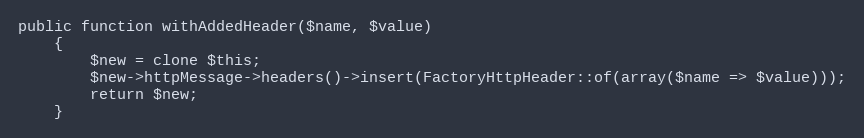
Language: PHP
public function withAddedHeader($name, $value)
    {
        $new = clone $this;
        $new->httpMessage->headers()->insert(FactoryHttpHeader::of(array($name => $value)));
        return $new;
    }